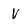
Character: V